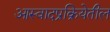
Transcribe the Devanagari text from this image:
आस्वादप्रक्रियेतील